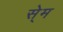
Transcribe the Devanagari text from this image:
से्म